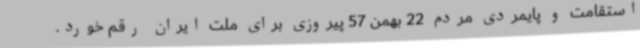
استقامت و پایمردی مردم 22 بهمن 57 پیروزی برای ملت ایران رقم خورد.